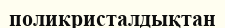
поликристалдықтан